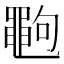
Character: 𪓞